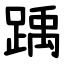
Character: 踽